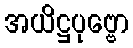
အယိဋ္ဌပုဗ္ဗော